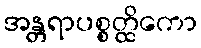
အန္တရာပစ္စတ္ထိကော